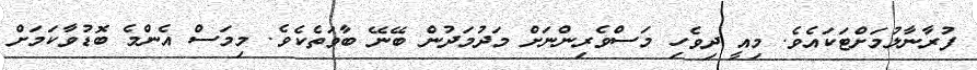
ފުރާނާލުމަށްޓަކައެވެ. މިއީ ދިވެހި މަސްވެރިންނަށް މަދުމަދުން ބޭނޭ ބާވަތެކެވެ. މިމަސް އެންމެ ބޮޑުވާކަމަށް